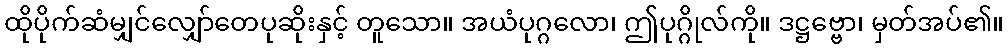
ထိုပိုက်ဆံမျှင်လျှော်တေပုဆိုးနှင့် တူသော။ အယံပုဂ္ဂလော၊ ဤပုဂ္ဂိုလ်ကို။ ဒဋ္ဌဗ္ဗော၊ မှတ်အပ်၏။